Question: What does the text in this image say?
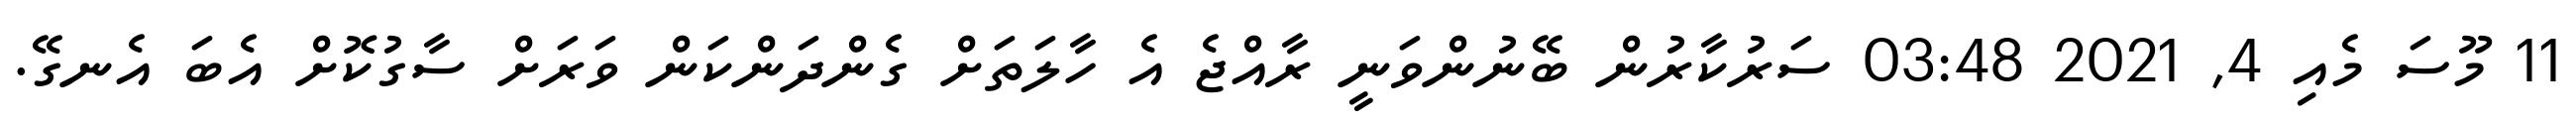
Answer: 11 މޫސަ މެއި 4, 2021 03:48 ސަރުކާރުން ބޭނުންވަނީ ރާއްޖެ އެ ހާލަތަށް ގެންދަންކަން ވަރަށް ސާގުކޮށް އެބަ އެނގޭ.